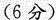
(6分)